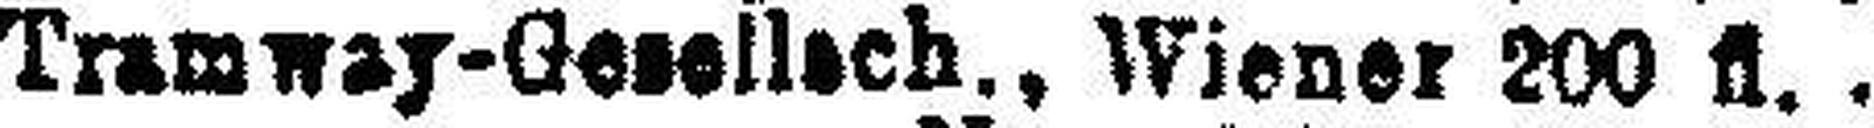
Tramway-Gesellsch., Wiener 200 fl.